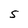
Character: S